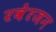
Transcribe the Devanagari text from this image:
रवेरजन